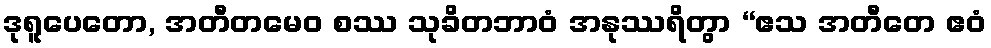
ဒုရူပေတော, အတီတမေဝ စဿ သုခိတဘာဝံ အနုဿရိတွာ “ဧသ အတီတေ ဧဝံ